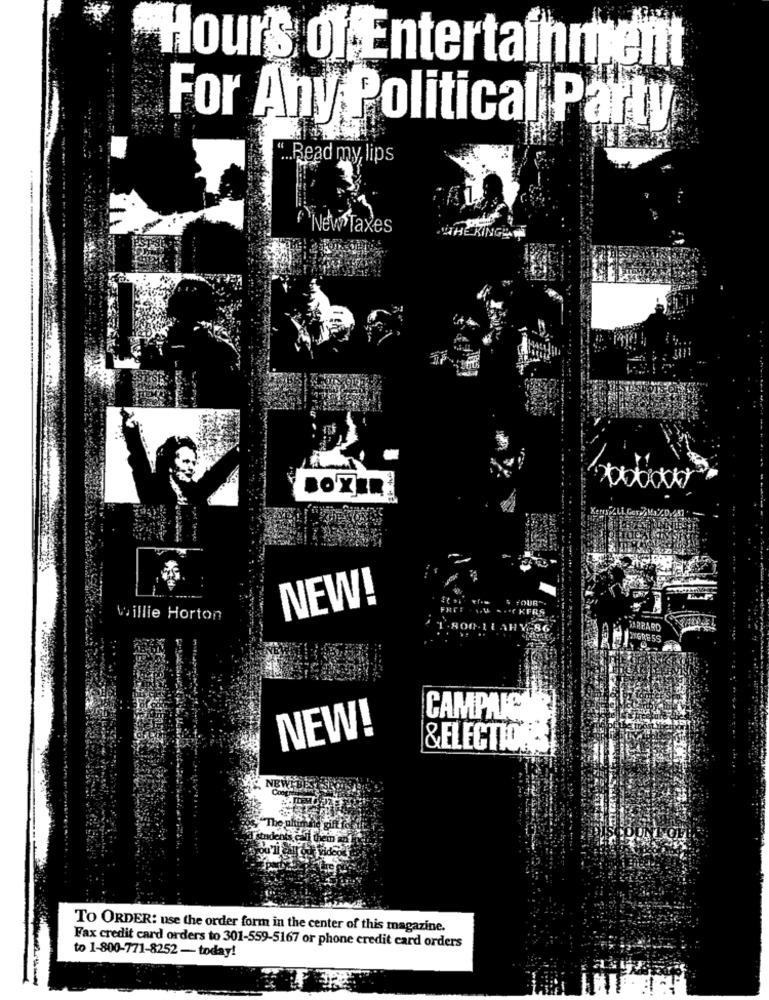
Hours of Entertainment
For Any Political Party
Read my, lips
New Taxes
BOXER!
NEW!
TOUR".
KFRA
Willie Horton
GABBARD
XXGRESS
CAMPAK
NEW!
&ELECTIONS
TO ORDER: use the order form in the center of this magazine.
Fax credit card orders to 301-559-5167 or phone credit card orders
to 1-800-771-8252 - today!